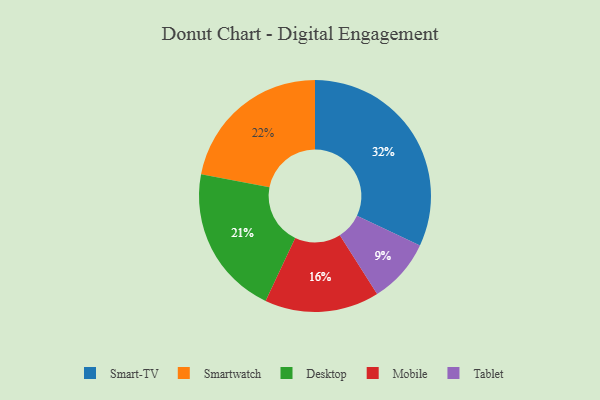
{"axis": {"x": "Category", "y": "Percentage"}, "legend": ["Desktop", "Mobile", "Smart-TV", "Smartwatch", "Tablet"], "data": [{"x": "Desktop", "y": 21, "type": "Desktop"}, {"x": "Tablet", "y": 9, "type": "Tablet"}, {"x": "Smart-TV", "y": 32, "type": "Smart-TV"}, {"x": "Smartwatch", "y": 22, "type": "Smartwatch"}, {"x": "Mobile", "y": 16, "type": "Mobile"}]}